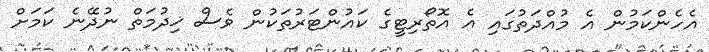
އެހެންކަމުން އެ މުއްދަތުގައި އެ އޮތޯރިޓީގެ ކައުންޓަރުތަކުން ވެސް ޚިދުމަތް ނުދޭނެ ކަމަށް